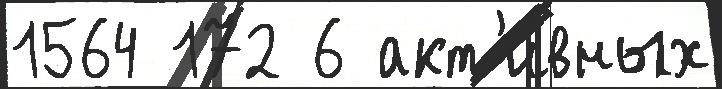
1564 172 6 акт'и́вных